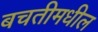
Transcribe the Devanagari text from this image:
बचतीमधील